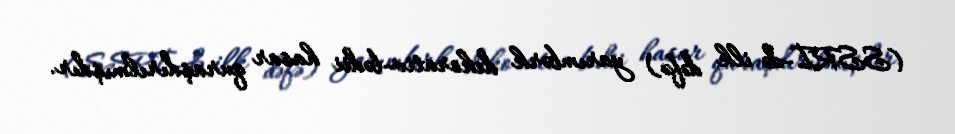
(SSRİ-də ilk dəfə) yarımbərk dekorativ-bədii hasar quraşdırılmışdır.